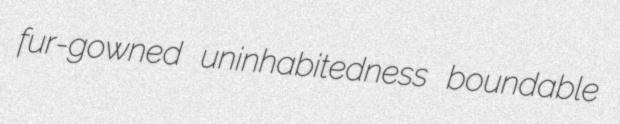
fur-gowned uninhabitedness boundable